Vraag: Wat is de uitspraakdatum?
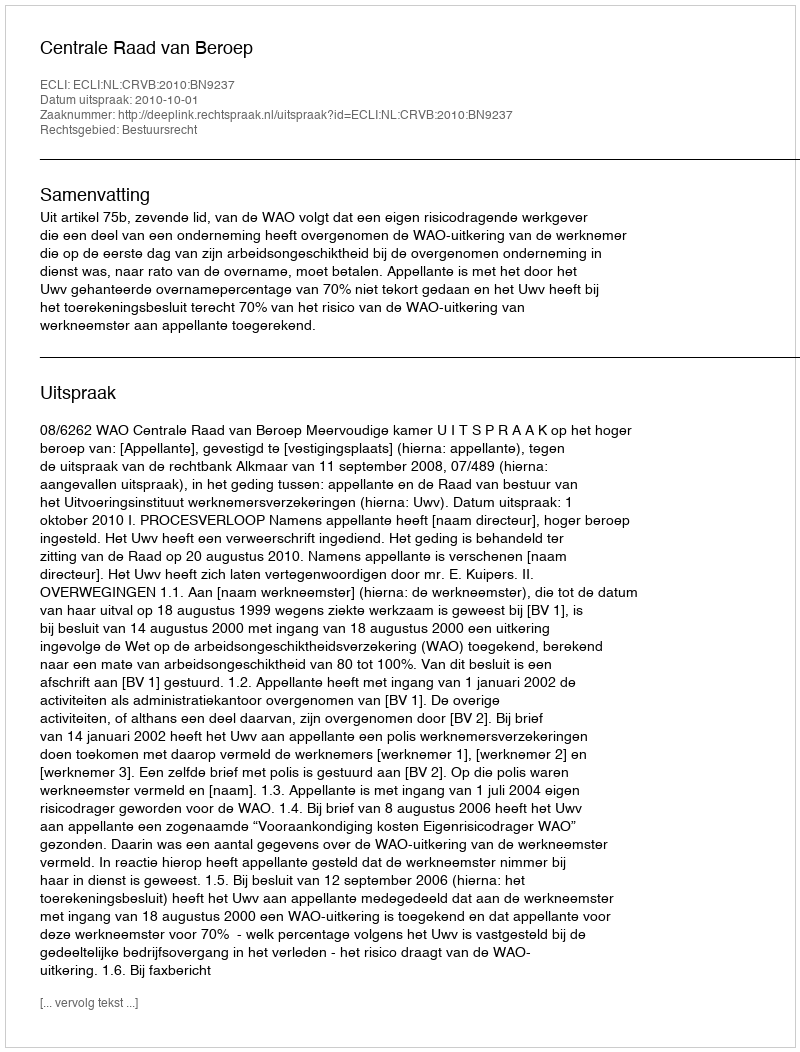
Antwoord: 2010-10-01